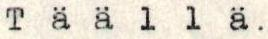
Täällä.